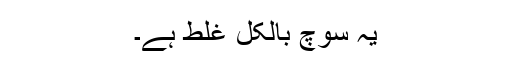
یہ سوچ بالکل غلط ہے۔